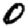
Digit: 0